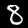
Digit: 8